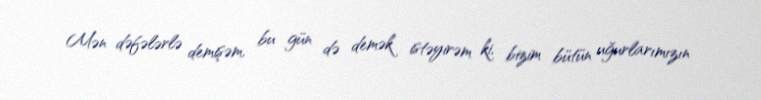
Mən dəfələrlə demişəm, bu gün də demək istəyirəm ki, bizim bütün uğurlarımızın